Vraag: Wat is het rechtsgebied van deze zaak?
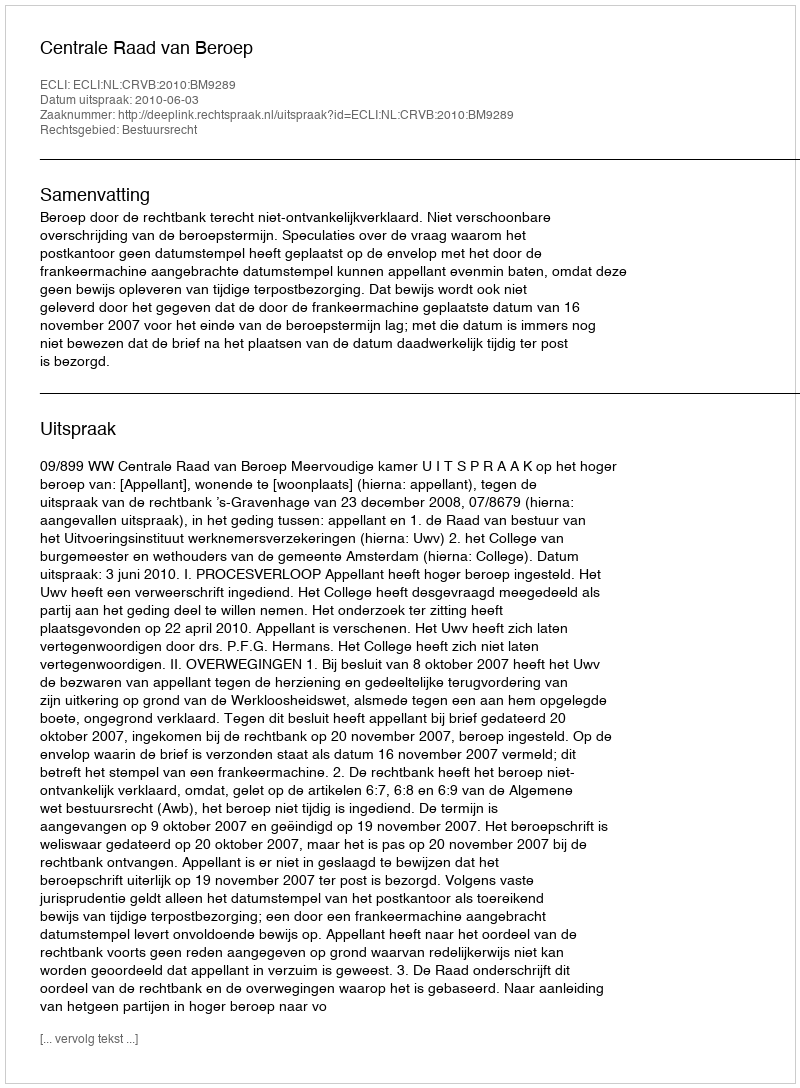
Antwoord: Bestuursrecht